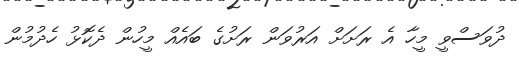
ދުވަސްވީ މީހާ އެ ރަށަށް އަރުވަން ރަށުގެ ބައެއް މީހުން ދެކޮޅު ހެދުމުން